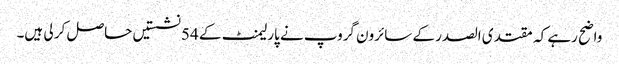
واضح رہے کہ مقتدی الصدر کے سائرون گروپ نے پارلیمنٹ کے 54 نشستیں حاصل کر لی ہیں۔